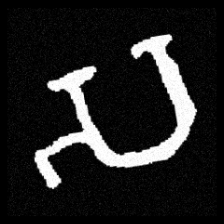
Pyu character \u2014 Myanmar letter: သ (romanized: sa)